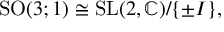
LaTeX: { \mathrm { S O } } ( 3 ; 1 ) \cong { \mathrm { S L } } ( 2 , \mathbb { C } ) / \{ \pm I \} ,